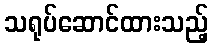
သရုပ်ဆောင်ထားသည့်